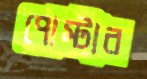
পোস্টার